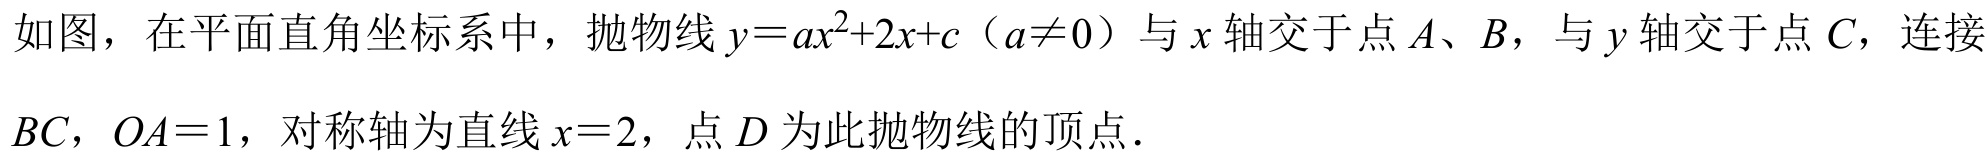
如图，在平面直角坐标系中，抛物线\(y = ax^{2}+2x + c（a\neq0）\)与\(x\)轴交于点\(A\)、\(B\)，与\(y\)轴交于点\(C\)，连接\(BC\)，\(OA = 1\)，对称轴为直线\(x = 2\)，点\(D\)为此抛物线的顶点．